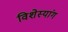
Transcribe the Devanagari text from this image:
विशेस्यांग